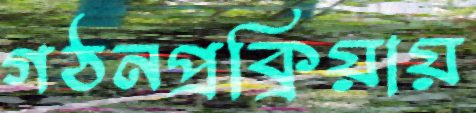
গঠনপ্রক্রিয়ায়